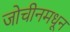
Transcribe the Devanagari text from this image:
जोचीनमधून